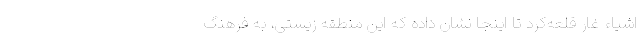
اشیاء غار قلعه‌کرد تا اینجا نشان داده که این منطقه زیستی، به فرهنگ